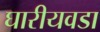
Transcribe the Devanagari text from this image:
घारीयवडा